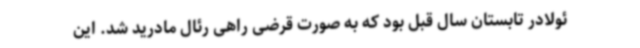
ئولادر تابستان سال قبل بود که به صورت قرضی راهی رئال مادرید شد. این